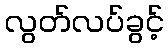
လွတ်လပ်ခွင့်